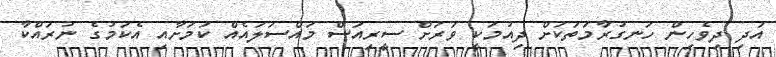
އަދި ދިވެހިން ހަނގުރާމަތަކަށް ދިއުމަކީ ވަރަށް ސީރިއަސް މައްސަލައެއް ކަމަށާއި އެކަމުގެ ނުރައްކާ